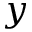
y